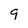
Character: 9